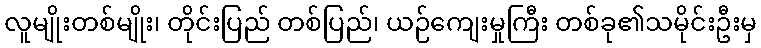
လူမျိုးတစ်မျိုး၊ တိုင်းပြည် တစ်ပြည်၊ ယဉ်ကျေးမှုကြီး တစ်ခု၏သမိုင်းဦးမှ